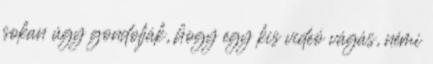
sokan úgy gondolják, hogy egy kis videó vágás, némi